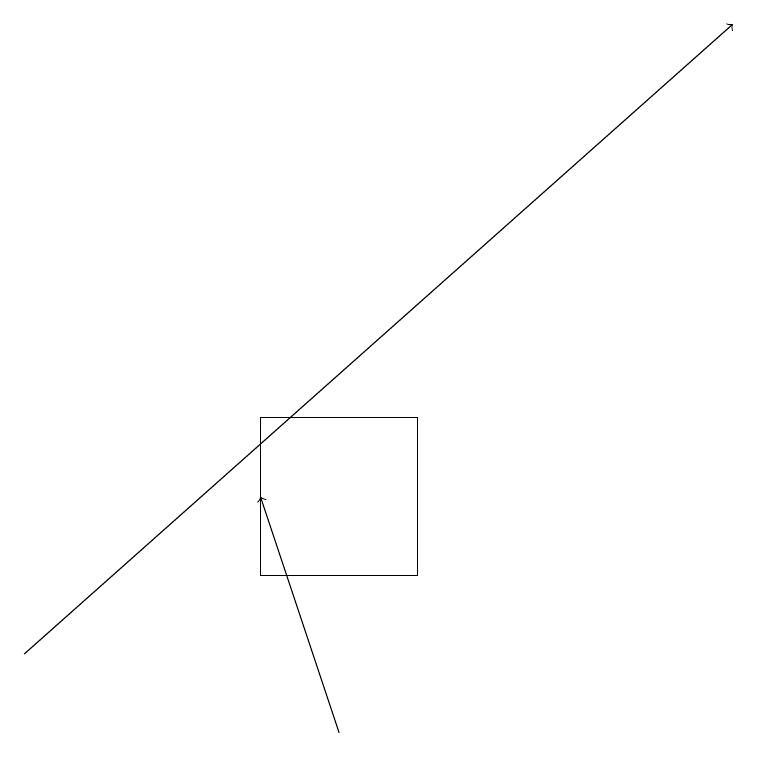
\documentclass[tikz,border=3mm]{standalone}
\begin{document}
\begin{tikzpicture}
\draw (3,12) rectangle (5,14);
\draw[->] (0,11) -- (9,19);
\draw[->] (4,10) -- (3,13);
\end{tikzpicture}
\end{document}